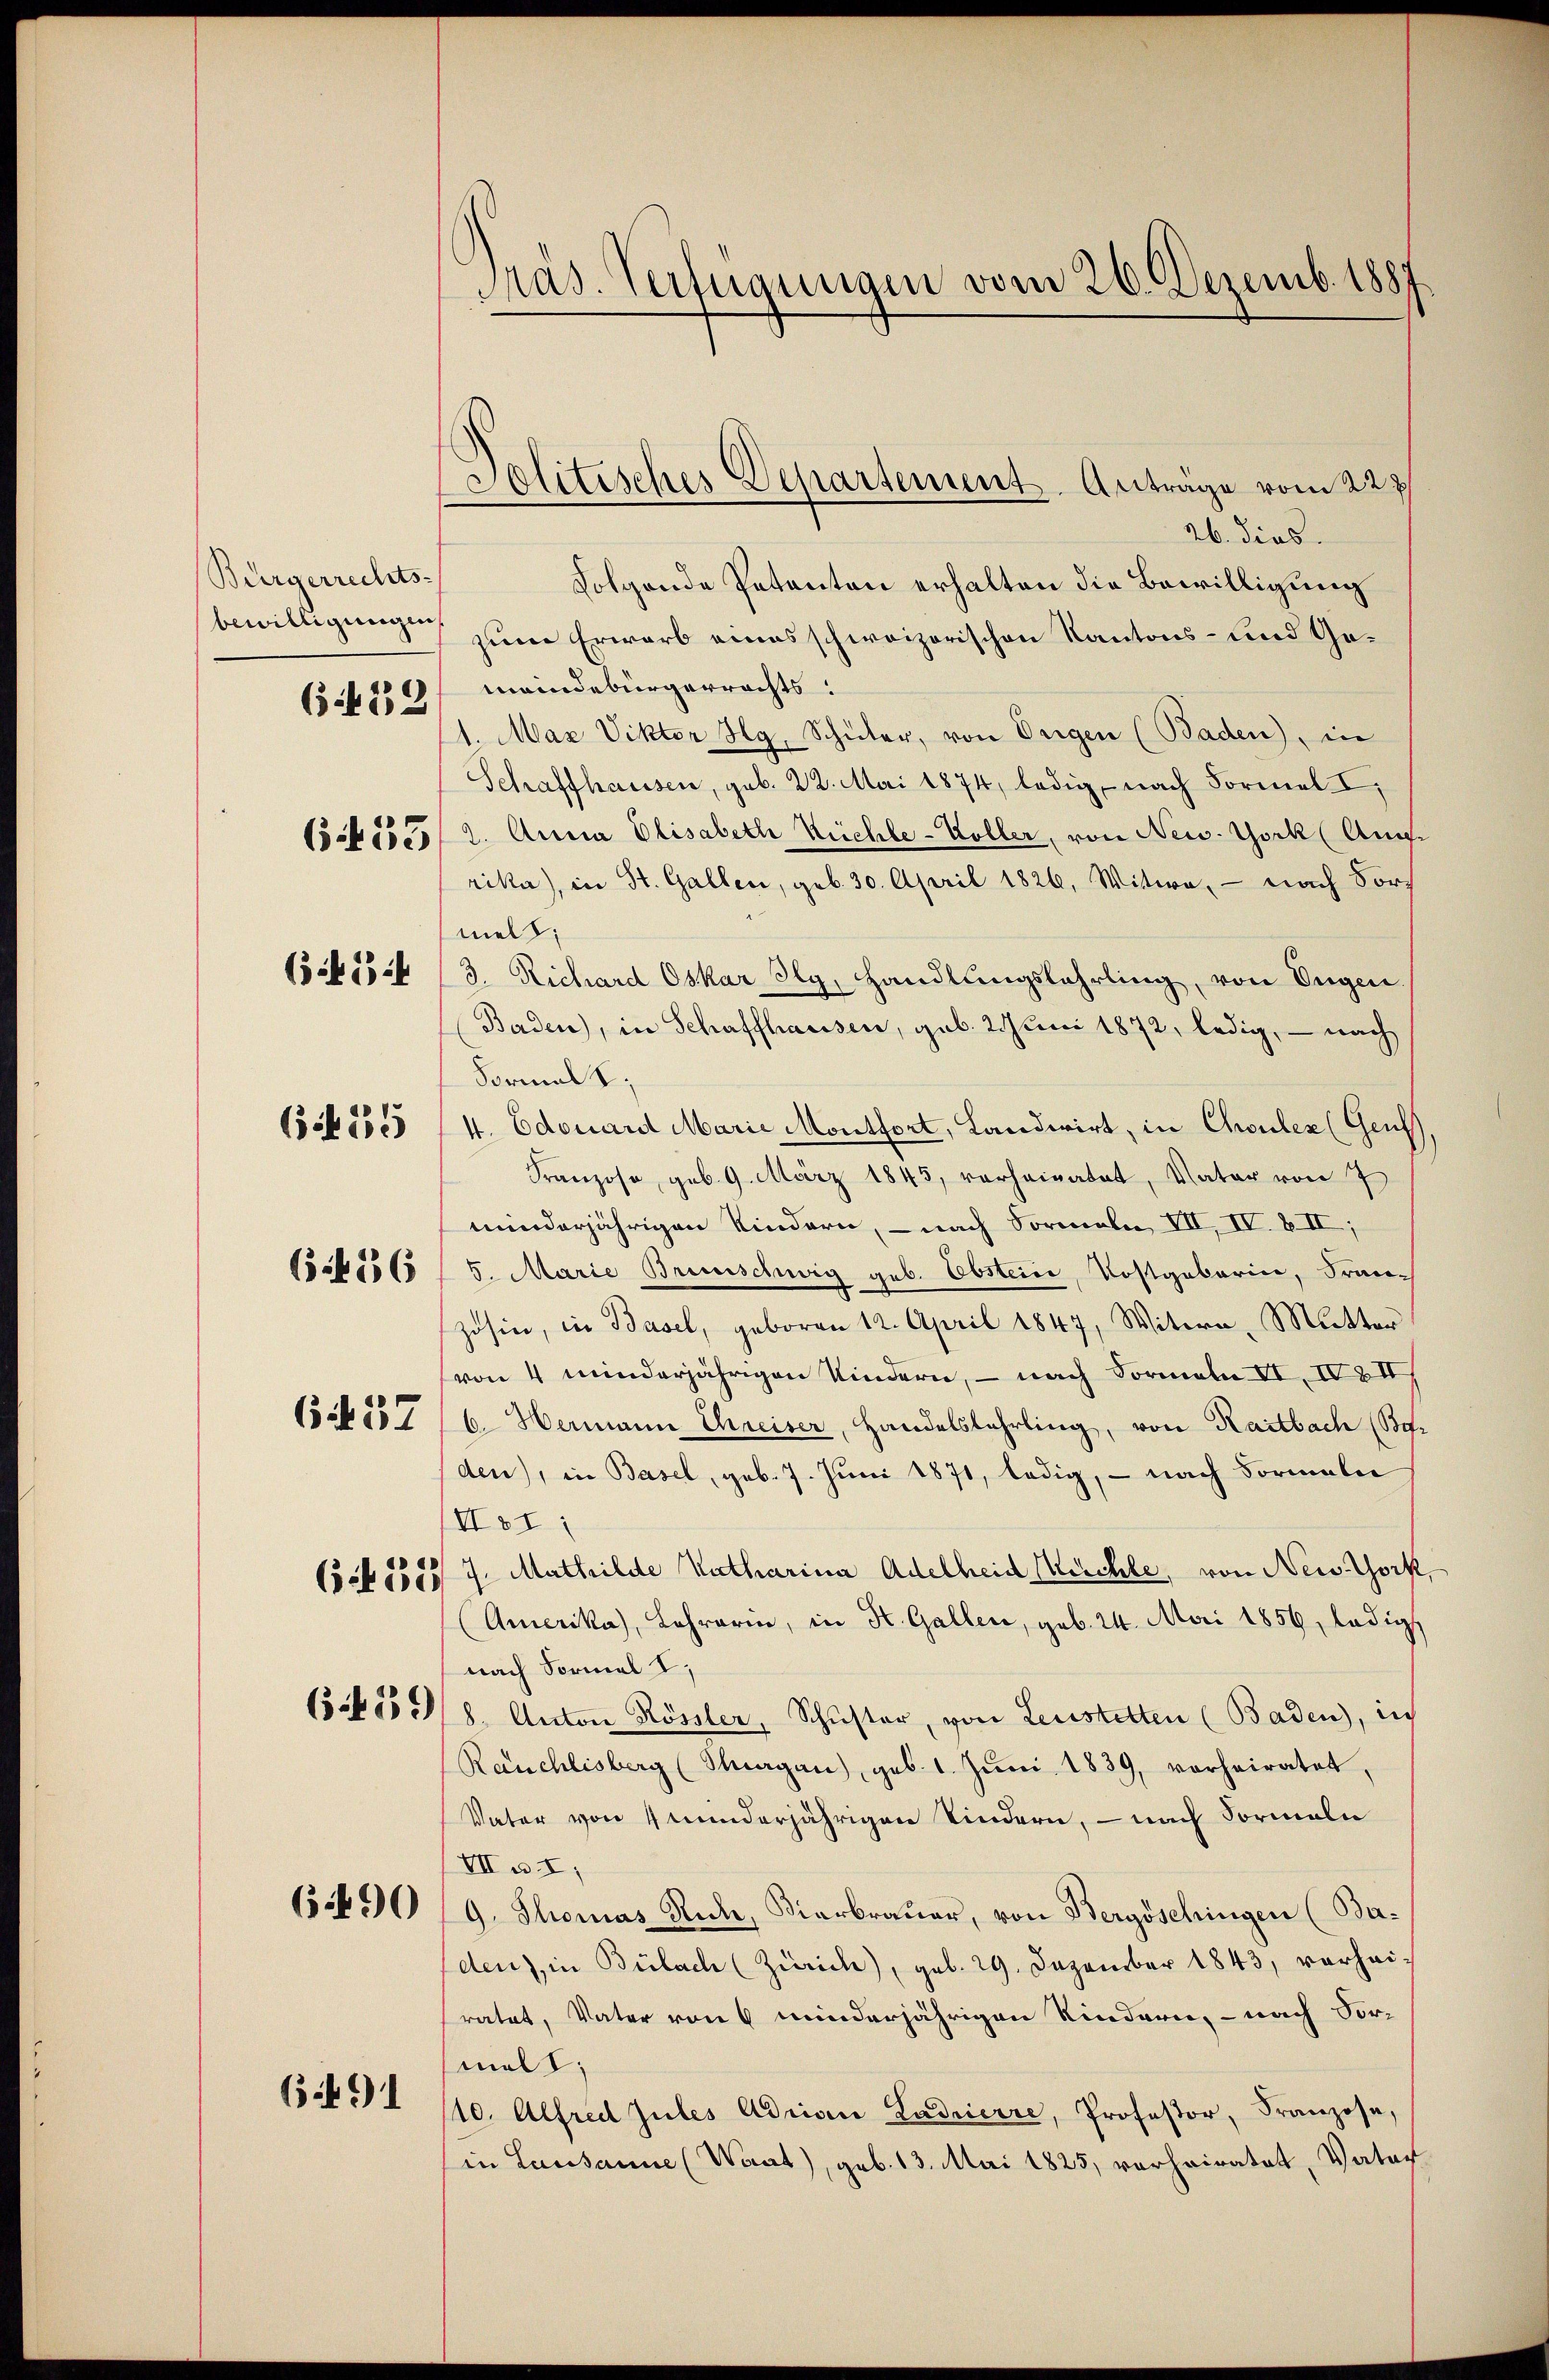
Bürgerrechts-
(:22

633

(474

6425

6436

637

6490

6491

Präs. Verfügungen vom 26. Dezemb. 1887

Solitisches Departement. Anträge vom 227.

26. dies.
Folgende Petenten erhalten die Bewilligung
bewilligung zum Erwarb eines schweizerischen Kantons- und Gemeindebürgerrechts.
1. Max Viktor Hg, Schüler, von Origen (Baden), in
Schaffhausen, geb. 22. Mai 1874, ledig, nach Formel I
2. Anna Elisabeth Büchle-Koller, von New York (Aug.
rika), in St. Gallen, geb. 30. April 1826, Witwe, — nach Fort
mel;
3. Richard Oskar dy, Handlungslehrling, von Eugen.
Baden), in Schaffhausen, geb. 2. Juni 1872, ledig, — nach
Formal 1;
4. Edouard Marie Montfort, Landwirt, in Chouler (Genf,
Franzose, geb. 9. März 1843, verheiratet, Vater von 7
minderjährigen Kindern, – nach Formeln VII, IV. VII,
5. Marie Brunschwig geb. Obstein, Kostgabarin, Franzosen, in Basel, geboren 12. April 1847, Witwe, Mutter
(von 4 minderjährigen Kindern, – nach Formeln II. IV III
6. Hermann Creiser, Handelslehrling, von Raitbach (Ber
den), in Basel, geb. 7. Juni 1871, ledig, – nach Formeln
Ver:
Cocbe555/ 7. Mathilde Katharina Adelheid Verehle, von New York,
Amerika, Lehrerin, in St. Gallen, geb. 24. Mai 1856, ledigt
nach Formal I,
15245551/8. Anton Rössler, Schuster, von Leistetten (Baden, in
Rauchlisberg (Thurgau), geb. 1. Jŭni 1839, vorheiratet,
Vater von 4 minderjährigen Kindern, — nach Formale
VIIa I,
9. Thomas Reck, Diarbraŭer, von Bergöschingen (Baden), in Bülach (Zürich), geb. 29. Dezember 1843, vorheiratet, Vater von 6 minderjährigen Kindern, – nach Vor-
mall;
/10. Alfred Jules Adrian Ladrierre, Professor, Franzose,
in Lausanne (Want), geb. 13. Mai 1825, verheiratet, Vater